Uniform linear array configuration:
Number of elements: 8
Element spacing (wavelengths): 1
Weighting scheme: uniform
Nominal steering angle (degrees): -15
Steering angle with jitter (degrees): -14.078
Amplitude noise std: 0.05
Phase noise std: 0.05

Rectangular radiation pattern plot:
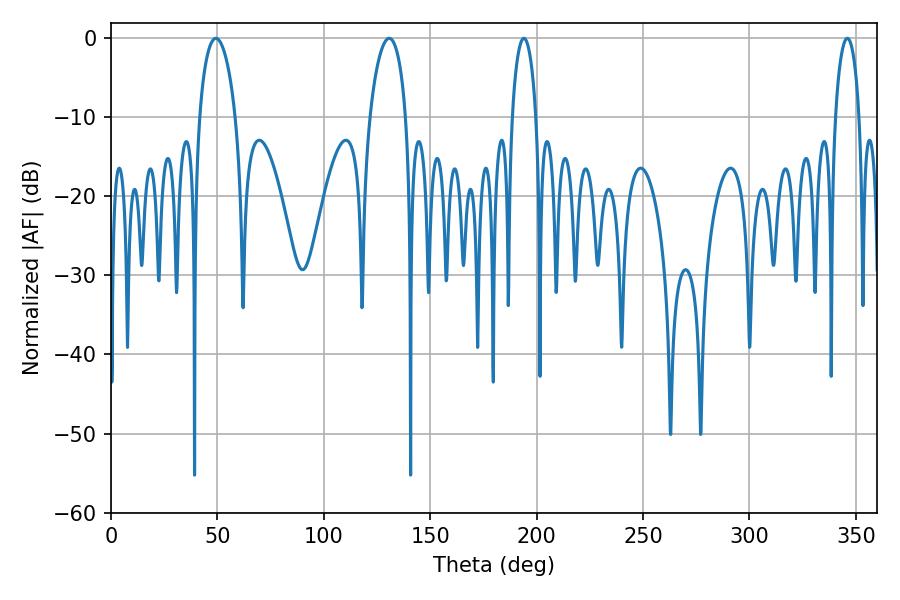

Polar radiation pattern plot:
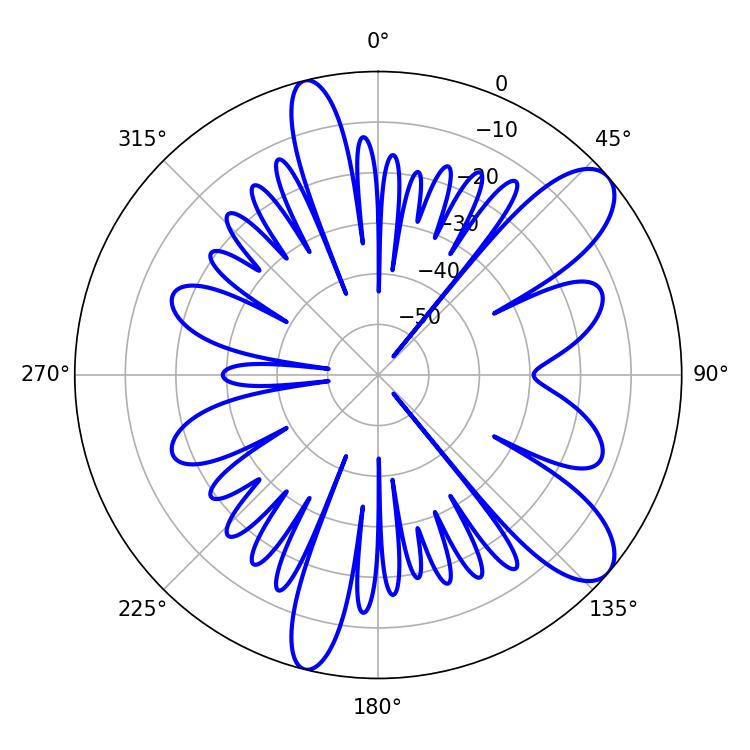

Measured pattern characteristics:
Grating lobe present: TRUE
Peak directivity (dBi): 9.593
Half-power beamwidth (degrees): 9.72
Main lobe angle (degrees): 49.32